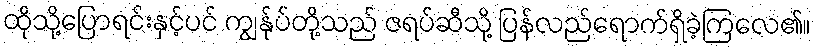
ထိုသို့ပြောရင်းနှင့်ပင် ကျွန်ုပ်တို့သည် ဇရပ်ဆီသို့ ပြန်လည်ရောက်ရှိခဲ့ကြလေ၏။